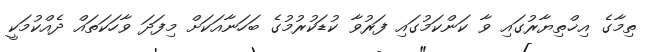
ތިމާގެ އިޚްތިޔާރުގައި ވާ ކަންކަމުގައި ފަރުވާ ކުޑަކުރުމުގެ ބަހަނާއަކަށް މިފަދަ ވާހަކަތައް ދެއްކުމަކީ